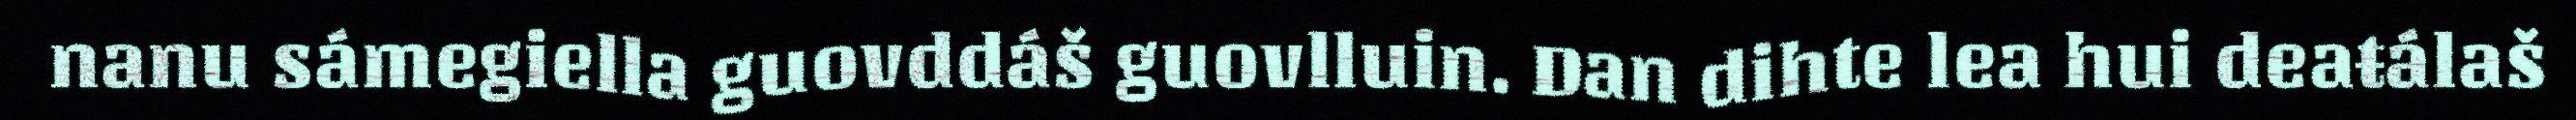
nanu sámegiella guovddáš guovlluin. Dan dihte lea hui deaŧálaš